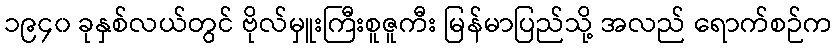
၁၉၄၀ ခုနှစ်လယ်တွင် ဗိုလ်မှူးကြီးစူဇူကီး မြန်မာပြည်သို့ အလည် ရောက်စဉ်က